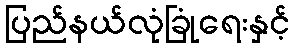
ပြည်နယ်လုံခြုံရေးနှင့်